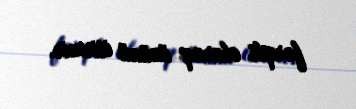
fərqli olaraq özünü itirmir.